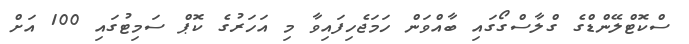
ސްކޮޓްލޭންޑްގެ ގްލާސްގޯގައި ބާއްވަން ހަމަޖެހިފައިވާ މި އަހަރުގެ ކޮޕް ސަމިޓުގައި 100 އަށް